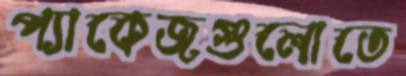
প্যাকেজগুলোতে